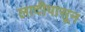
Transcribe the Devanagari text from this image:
लादीपासून